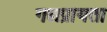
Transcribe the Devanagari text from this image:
गद्यप्रायता